Report of the Indian Hemp Drugs Commission, 1894-1895 - Volume IV
Year: 1894
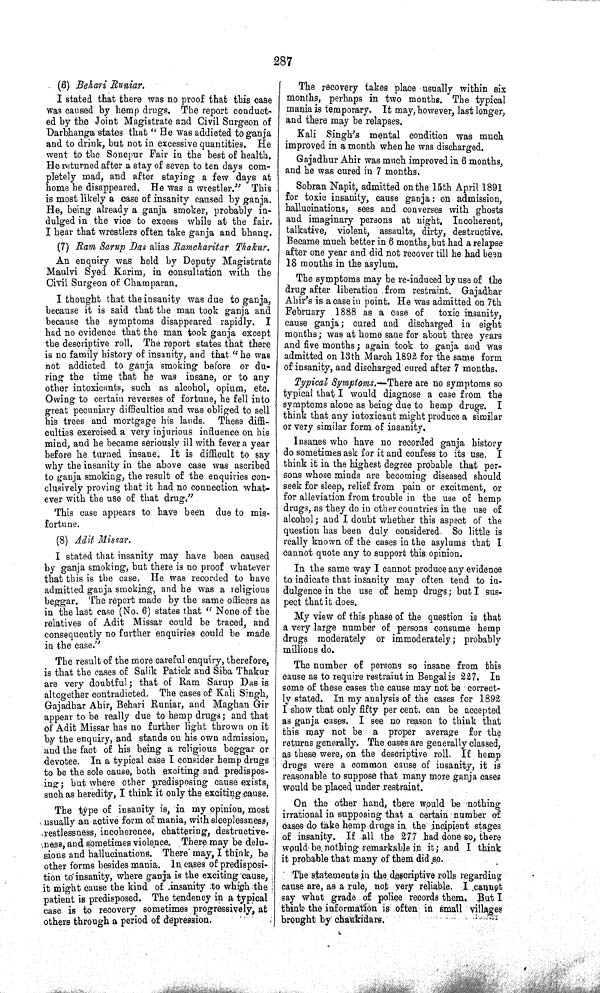
287
(6) Behari Runiar.
I stated that there was no proof that this case
was caused by hemp drugs. The report conduct-
ed by the Joint Magistrate and Civil Surgeon of
Darbhanga states that "He was addicted to ganja
and to drink, but not in excessive quantities. He
went to the Sonepur Fair in the best of health.
He returned after a stay of seven to ten days com-
pletely mad, and after staying a few days at
home he disappeared. He was a wrestler." This
is most likely a case of insanity caused by ganja.
He, being already a ganja smoker, probably in-
dulged in the vice to excess while at the fair.
I hear that wrestlers often take ganja and bhang.
(7) Ram Sarup Das alias Ramcharitar Thakur.
An enquiry was held by Deputy Magistrate
Maulvi Syed Karim, in consultation with the
Civil Surgeon of Champaran.
I thought that the insanity was due to ganja,
because it is said that the man took ganja and
because the symptoms disappeared rapidly. I
had no evidence that the man took ganja except
the descriptive roll. The report states that there
is no family history of insanity, and that "he was
not addicted to ganja smoking before or du-
ring the time that he was insane, or to any
other intoxicants, such as alcohol, opium, etc.
Owing to certain reverses of fortune, he fell into
great pecuniary difficulties and was obliged to sell
his trees and mortgage his lands. These diffi-
culties exercised a very injurious influence on his
mind, and he became seriously ill with fever a year
before he, turned insane. It is difficult to say
why the insanity in the above case was ascribed
to ganja smoking, the result of the enquiries con-
clusively proving that it had no connection what-
ever with the use of that drug."
This case appears to have been due to mis-
fortune.
(8) Adit Missar.
I stated that insanity may have been caused
by ganja smoking, but there is no proof whatever
that this is the case. He was recorded to have
admitted ganja smoking, and he was a religious
beggar. The report made by the same officers as
in the last case (No. 6) states that "None of the
relatives of Adit Missar could be traced, and
consequently no further enquiries could be made
in the case."
The result of the more careful enquiry, therefore,
is that the cases of Salik Patick and Siba Thakur
are very doubtful; that of Ram Sarup Das is
altogether contradicted. The cases of Kali Singh,
Gajadhar Ahir, Behari Runiar, and Maghan Gir
appear to be really due to hemp drugs; and that
of Adit Missar has no further light thrown on it
by the enquiry, and stands on his own admission,
and the fact of his being a religious beggar or
devotee. In a typical case I consider hemp drugs
to be the sole cause, both exciting and predispos-
ing; but where other predisposing cause exists,
such as heredity, I think it only the exciting cause.
The type of insanity is, in my opinion, most
usually an active form of mania, with sleeplessness,
restlessness, incoherence, chattering, destructive-
ness, and sometimes violence. There may be delu-
sions and hallucinations. There may, I think, be
other forms besides mania. In cases of predisposi-
tion to insanity, where ganja is the exciting cause,
it might cause the kind of insanity to which the
patient is predisposed. The tendency in a typical
case is to recovery sometimes progressively, at
others through a period of depression.
The recovery takes place usually within six
months, perhaps in two months. The typical
mania is temporary. It may, however, last longer,
and there may be relapses.
Kali Singh's mental condition was much
improved in a month when he was discharged.
Gajadhur Ahir was much improved in 6 months,
and he was cured in 7 months.
Sobran Napit, admitted on the 15th April 1891
for toxic insanity, cause ganja: on admission,
hallucinations, sees and converses with ghosts
and imaginary persons at night. Incoherent,
talkative, violent, assaults, dirty, destructive.
Became much better in 6 months, but had a relapse
after one year and did not recover till he had been
18 months in the asylum.
The symptoms may be re-induced by use of the
drug after liberation from restraint. Gajadhar
Ahir's is a case in point. He was admitted on 7th
February 1888 as a case of
toxic insanity,
cause ganja; cured and discharged in eight
months; was at home sane for about three years
and five months; again took to ganja and was
admitted on 13th March 1892 for the same form
of insanity, and discharged cured after 7 months.
Typical Symptoms.—There are no symptoms so
typical that I would diagnose a case from the
symptoms alone as being due to hemp drugs. I
think that any intoxicant might produce a similar
or very similar form of insanity.
Insanes who have no recorded ganja history
do sometimes ask for it and confess to its use. I
think it in the highest degree probable that per-
sons whose minds are becoming diseased should
seek for sleep, relief from pain or excitment, or
for alleviation from trouble in the use of hemp
drugs, as they do in other countries in the use of
alcohol; and I doubt whether this aspect of the
question has been duly considered. So little is
really known of the cases in the asylums that I
cannot quote any to support this opinion.
In the same way I cannot produce any evidence
to indicate that insanity may often tend to in-
dulgence in the use of hemp drugs; but I sus-
pect that it does.
My view of this phase of the question is that
a very large number of persons consume hemp
drugs moderately or immoderately; probably
millions do.
The number of persons so insane from this
cause as to require restraint in Bengalis 227. In
some of these cases the cause may not be correct-
ly stated. In my analysis of the cases for 1892
I show that only fifty per cent. can be accepted
as ganja cases. I see no reason to think that
this may not be a proper average for the
returns generally. The cases are generally classed,
as these were, on the descriptive roll. If hemp
drugs were a common cause of insanity, it is
reasonable to suppose that many more ganja cases
would be placed under restraint.
On the other hand, there would be nothing
irrational in supposing that a certain number of
cases do take hemp drugs in the incipient stages
of insanity. If all the 277 had done so, there
would be nothing remarkable in it; and I think
it probable that many of them did so.
The statements in the descriptive rolls regarding
cause are, as a rule, not very reliable. I cannot
say what grade of police records them. But I
think the information is often in small villages
brought by chaukidars.